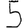
Digit: 5